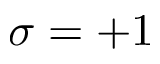
\sigma = + 1